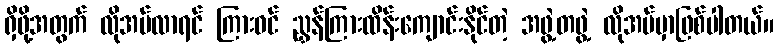
ရှိဖို့အတွက် လိုအပ်လာရင် ကြားဝင် ညွှန်ကြားထိန်းကျောင်းနိုင်တဲ့ အဖွဲ့တဖွဲ့ လိုအပ်မှာဖြစ်ပါတယ်။